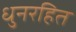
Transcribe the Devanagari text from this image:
धुनरहित